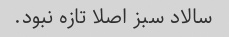
سالاد سبز اصلا تازه نبود.